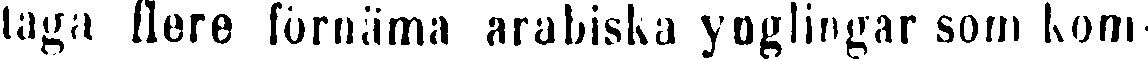
laga flere förnäma arabiska ynglingar som kom-